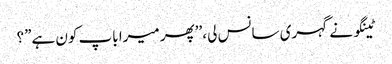
ٹینگو نے گہری سانس لی، ’’پھر میرا باپ کون ہے”؟